Annual report of the Bengal Veterinary College and of the Civil Veterinary Department, Bengal, for the year 1899-1900 - 1899-1900
Year: 1899
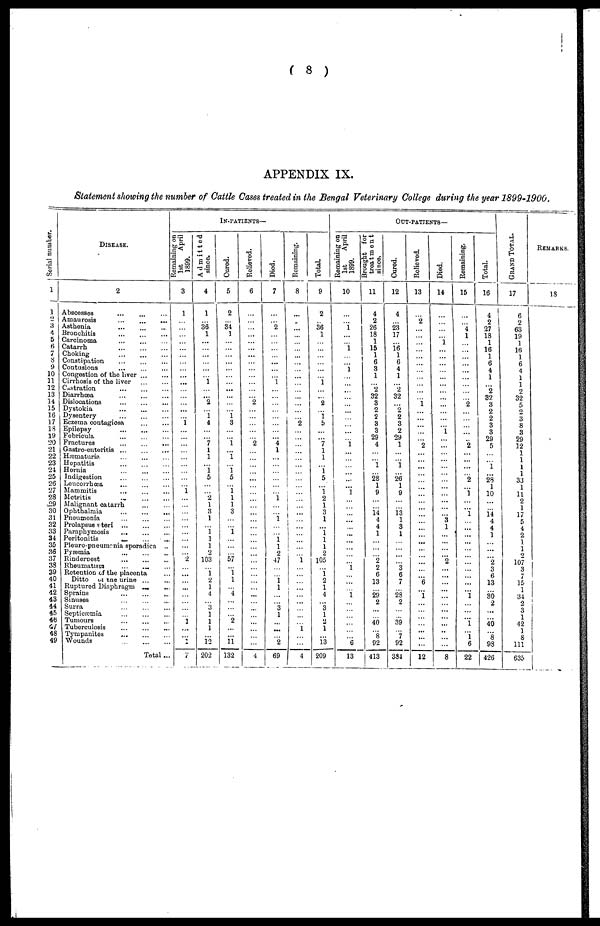
( 8 )
APPENDIX IX.
Statement showing the number of Cattle Cases treated in the Bengal Veterinary College during the year 1899-1900.
Ser i al number.
1
1
2
3
4
5
6
7
8
9
10
11
12
13
14
15
16
17
18
19
20
21
22
23
24
25
26
27
28
29
30
31
32
33
34
35
36
37
38
39
40
41
42
43
44
45
46
47
48
49
Disease.
2
Abscesses ... ... ...
Amaurosis ... ... ...
Asthenia ... ... ...
Bronchitis ... ... ...
Carcinoma ... ... ...
Catarrh ... ... ...
Choking ... ... ...
Constipation ... ... ...
Contusions ... ... ...
Congestion of the liver ... ...
Cirrhosis of the liver ... ...
Castration ... ... ...
Diarrhoea ... ... ...
Dislocations ... ... ...
Dystokia ... ... ...
Dysentery ... ... ...
Eczema contagiosa ... ...
Epilepsy ... ... ...
Febricula ... ... ...
Fractures ... ... ...
Gastro-enteritis ... ... ...
Hæmaturia ... ... ...
Hepatitis ... ... ...
Hernia ... ... ...
Indigestion ... ... ...
Leucorrhœa ... ... ...
Mammitis ... ... ...
Metritis ... ... ...
Malignant catarrh ... ... ...
Ophthalmia ... ... ...
Pneumonia ... ... ...
Prolapsus ateri ... ... ...
Paraphymosis ... ... ...
Peritonitis ... ... ...
Pleuro-pneumonia sporadica ...
Pyæmia ... ... ...
Rinderpest ... ... ...
Rheumatism ... ... ...
Retention of the placenta
Ditto on the urine ... ...
Ruptured Diaphragm ... ...
Sprains ... ... ...
Sinuses ... ... ...
Surra ... ... ...
Septicæmia ... ... ...
Tumours ... ... ...
Tuberculosis ... ... ...
Tympanites ... ... ...
Wounds ... ... ...
Total ...
Remaining on
1st
April
1899.
3
1
...
...
...
...
...
...
...
...
...
...
...
...
...
...
...
1
...
...
...
...
...
...
...
...
... 1
...
...
...
...
...
...
...
...
... 2
...
...
...
...
...
...
...
...
1
...
...
...
7
Admitted
since.
4
1
... 36
1
...
...
...
...
...
...
1
...
... 2
...
1 4
...
... 7
1
1
...
1 5
...
...
2 1
3
1
...
1
1
1
2
103
...
1 2
1
4
...
3 1
1
1
... 12
202
In-patients—
Cured.
5
2
...
34
1
...
...
...
...
...
...
...
...
...
...
...
1 3
...
...
1
...
1
...
1 5
... 1 1
1
3
...
...
1
...
...
... 57
...
1 1
...
4
...
...
... 2
...
...
11
132
Relieved.
6
...
...
...
...
...
...
...
...
...
...
...
...
... 2
...
...
...
...
... 2
...
...
...
...
...
...
...
...
...
...
...
...
...
...
...
...
...
...
...
...
...
...
...
...
...
...
...
...
...
4
Died.
7
...
...
2
...
...
...
...
...
...
...
1
...
...
...
...
...
...
...
... 2
1
...
...
...
...
...
...
1
...
... 1
...
...
1 1
2
47
...
...
1 1
...
... 3
1
...
...
... 2
69
Remaining.
8
...
...
...
...
...
...
...
...
...
...
...
...
...
...
...
... 2
...
...
...
...
...
...
...
...
...
...
...
...
...
...
...
...
...
...
...
1 ...
...
...
...
...
...
...
...
...
1
...
...
4
Total.
9
2
... 36
1
...
...
...
...
...
...
1
...
... 2
...
1
5
...
... 7
1
1
...
1 5
... 1 2
1
3
1
...
1 1
1
2
105
...
1 2
1
4
... 3
1
2
1
... 13
209
Out-patients—
Remaining on
1st
April
1899.
10
...
...
1
...
...
1
...
...
1
...
...
...
...
...
...
...
...
...
... 1
...
...
...
...
...
... 1
...
...
... ...
...
...
...
...
...
...
1
...
...
...
1
...
...
...
...
...
...
6
13
Brought for
treatment
since.
11
4
2
26
18
1
15
1
6
3
1
... 2
32
3
2
2
3
3
29
4
...
...
1
... 28
1
9
...
...
14
4
4
1
...
...
... 2
2
6
13
...
29
2
...
... 40
...
8 92
413
Cured.
12
4
... 23
17
... 16
1
6
4
1
... 2
32
... 2
2
3
2
29
1
...
...
1
... 26
1
9
...
...
13
1
3
1
...
...
...
... 3
6
7
...
28
2
...
... 39
...
7
92
384
Relieved.
13
...
2
...
...
...
...
...
...
...
...
...
...
...
1
...
...
...
...
... 2
...
...
...
...
...
...
...
...
...
...
...
...
...
...
...
...
...
...
... 6
...
1
...
...
...
...
...
...
...
12
Died.
14
...
...
...
...
1
...
...
...
...
...
...
...
...
...
...
...
...
1
...
...
...
...
...
...
...
...
... ...
...
... 3 1
...
...
...
... 2
... ...
... ...
...
...
...
...
...
...
...
...
8
Remaining.
15
...
... 4
1
...
...
...
...
...
...
...
...
... 2
...
...
...
...
... 2
...
...
...
... 2
... 1
...
...
1
...
...
...
...
...
...
...
...
...
...
...
1
...
...
...
1
...
1 6
22
Total.
16
4
2
27
18
1
16
1
6
4
1
... 2
32
3
2
2
3
3
29
5
...
...
1
... 28
1
10
...
...
14
4
4
1
...
...
... 2
3
6
13
...
30
2
...
...
40
...
8
98
426
Gr a nd Tot al .
17
6
2
63
19
1
16
1
6
4
1
1
2
32
5
2
3
8
3
29
12
1
1
1 1
33
1
11
2
1
17
5
4
2
1
1
2
107
3
7
15
1
34
2
3
1
42
1
8
111
635
Remarks.
18